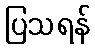
ပြသရန်